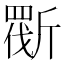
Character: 𣂿